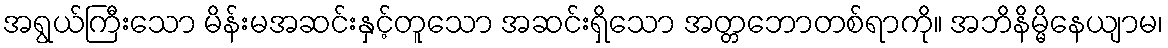
အရွယ်ကြီးသော မိန်းမအဆင်းနှင့်တူသော အဆင်းရှိသော အတ္တဘောတစ်ရာကို။ အဘိနိမ္မိနေယျာမ၊